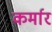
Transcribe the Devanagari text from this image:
कर्मार